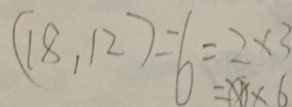
( 1 8 , 1 2 ) = 6 = 2 \times 3